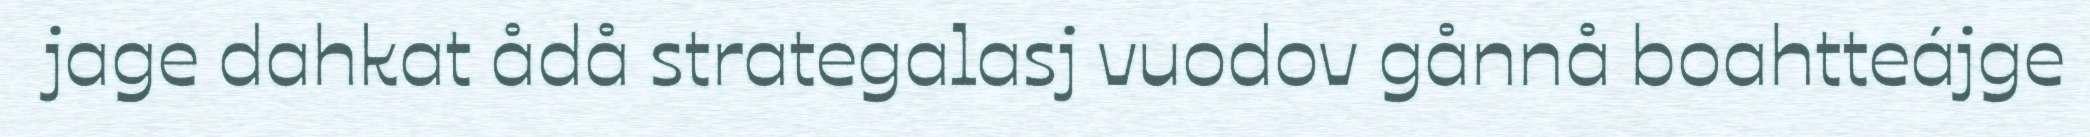
jage dahkat ådå strategalasj vuodov gånnå boahtteájge